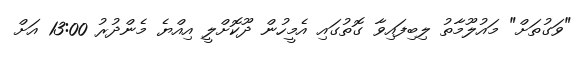
"ވަގުތަށް" މައުލޫމާތު ލިބިފައިވާ ގޮތުގައި އެމީހުން ދޫކޮށްލީ އިއްޔެ މެންދުރު 13:00 އަށް